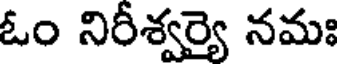
ఓం నిరీశ్వర్యై నమః